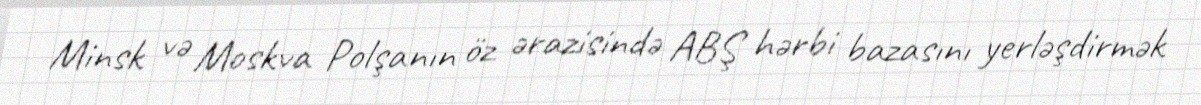
Minsk və Moskva Polşanın öz ərazisində ABŞ hərbi bazasını yerləşdirmək